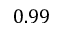
0 . 9 9